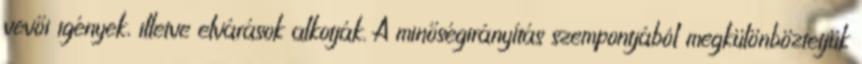
vevői igények, illetve elvárások alkotják. A minőségirányítás szempontjából megkülönböztetjük